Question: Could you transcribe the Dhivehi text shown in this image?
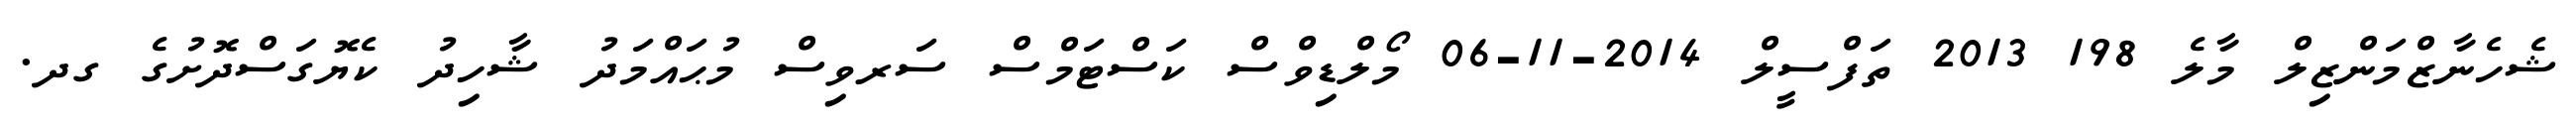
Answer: ޝެހެނާޒްމަންޒިލް މާލެ 198 2013 ތަފްސީލް 2014-11-06 މޯލްޑިވްސް ކަސްޓަމްސް ސަރވިސް މުޙައްމަދު ޝާހިދު ކެޔޮގަސްދޮށުގެ ގދ.